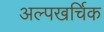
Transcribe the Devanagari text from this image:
अल्पखर्चिक